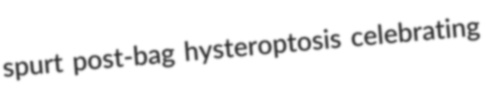
spurt post-bag hysteroptosis celebrating